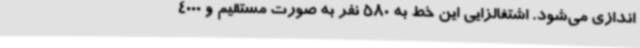
اندازی می‌شود. اشتغالزایی این خط به 580 نفر به صورت مستقیم و 4000